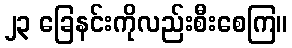
၂၃ ခြေနင်းကိုလည်းစီးစေကြ။